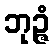
ဘုဉ္ဇံ